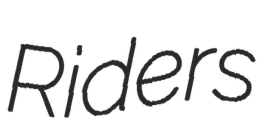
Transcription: Riders